Civil Veterinary Department. Central Provinces & Berar 1932-41 - 1932-1941
Year: 1932
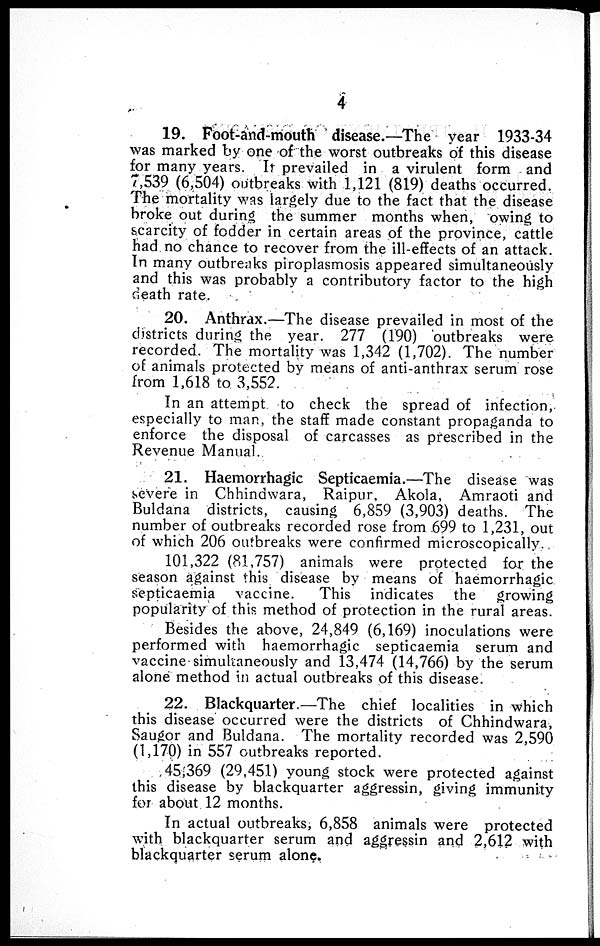
4
19. Foot-and-mouth disease.—The year 1933-34
was marked by one of the worst outbreaks of this disease
for many years. It prevailed in a virulent form and
7,539 (6,504) outbreaks with 1,121 (819) deaths occurred.
The mortality was largely due to the fact that the disease
broke out during the summer months when, owing to
scarcity of fodder in certain areas of the province, cattle
had no chance to recover from the ill-effects of an attack.
In many outbreaks piroplasmosis appeared simultaneously
and this was probably a contributory factor to the high
death rate.
20. Anthrax.—The disease prevailed in most of the
districts during the year. 277 (190) outbreaks were
recorded. The mortality was 1,342 (1,702). The number
of animals protected by means of anti-anthrax serum rose
from 1,618 to 3,552.
In an attempt to check the spread of infection,
especially to man, the staff made constant propaganda to
enforce the disposal of carcasses as prescribed in the
Revenue Manual.
21. Haemorrhagic Septicaemia.—The disease was
severe in Chhindwara, Raipur, Akola, Amraoti and
Buldana districts, causing 6,859 (3,903) deaths. The
number of outbreaks recorded rose from 699 to 1,231, out
of which 206 outbreaks were confirmed microscopically.
101,322 (81,757) animals were protected for the
season against this disease by means of haemorrhagic
septicaemia vaccine.
This indicates the growing
popularity of this method of protection in the rural areas.
Besides the above, 24,849 (6,169) inoculations were
performed with haemorrhagic septicaemia serum and
vaccine simultaneously and 13,474 (14,766) by the serum
alone method in actual outbreaks of this disease.
22. Blackquarter.—The chief localities in which
this disease occurred were the districts of Chhindwara,
Saugor and Buldana. The mortality recorded was 2,590
(1,170) in 557 outbreaks reported.
45,369 (29,451) young stock were protected against
this disease by blackquarter aggressin, giving immunity
for about 12 months.
In actual outbreaks, 6,858 animals were protected
with blackquarter serum and aggressin and 2,612 with
blackquarter serum alone.